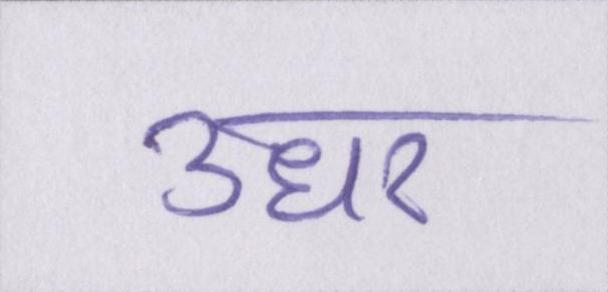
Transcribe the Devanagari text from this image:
उधर